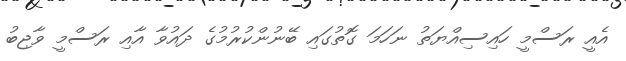
އެއީ ރަސްމީ ހައިސިއްޔަތު ނަހަމަ ގޮތުގައި ބޭނުންކުރުމުގެ ދައުވާ އާއި ރަސްމީ ވާޖިބު